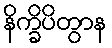
နိက္ခိပိတွာန